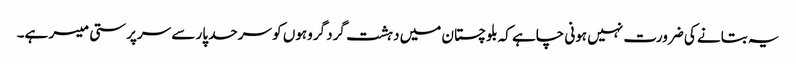
یہ بتانے کی ضرورت نہیں ہونی چاہے کہ بلوچستان میں دہشت گرد گروہوں کو سرحد پار سے سرپرستی میسر ہے۔